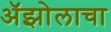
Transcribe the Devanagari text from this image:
ॲझोलाचा